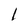
Character: 1